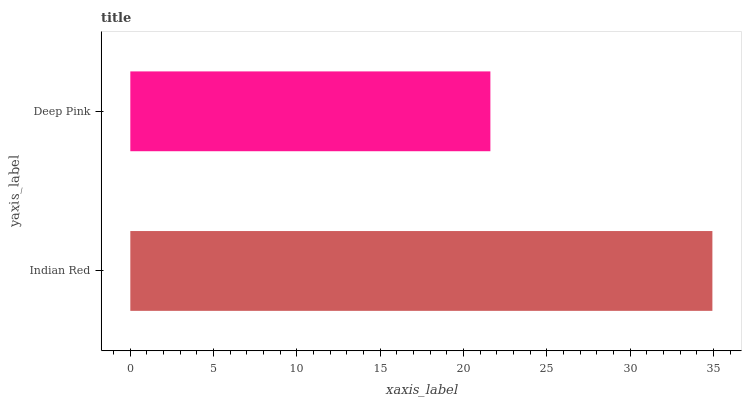
| yaxis_label | bars |
 | --- | --- |
 | Indian Red | 34.9 |
 | Deep Pink | 21.6 |